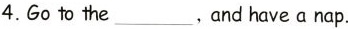
4. Go to the___，And have a nap.